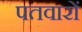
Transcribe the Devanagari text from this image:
पतवारों